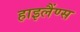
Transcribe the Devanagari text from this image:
हाइलैंण्स